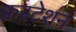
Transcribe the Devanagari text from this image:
फ्रस्टेशन